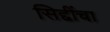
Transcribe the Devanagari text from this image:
सिद्दींचा